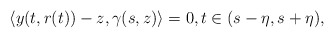
\begin{align*}\langle y(t, r(t)) - z, \gamma(s, z)\rangle = 0, t \in (s - \eta, s +\eta),\end{align*}